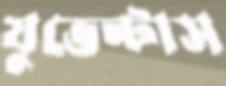
যুভেন্টাস